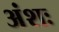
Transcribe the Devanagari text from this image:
अंशः